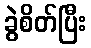
ခွဲစိတ်ပြီး